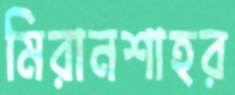
মিরানশাহর